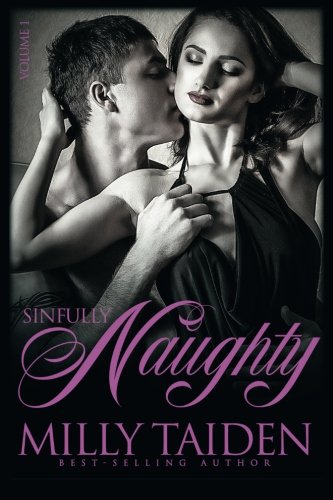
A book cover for Sinfully Naughty: Volume 1; Milly Taiden; Romance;